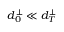
d _ { 0 } ^ { \perp } \ll d _ { T } ^ { \perp }